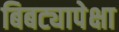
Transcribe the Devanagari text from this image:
बिबट्यापेक्षा